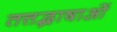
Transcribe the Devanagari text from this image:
तत्तद्भाषाओं